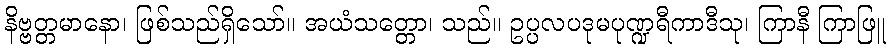
နိဗ္ဗတ္တမာနော၊ ဖြစ်သည်ရှိသော်။ အယံသတ္တော၊ သည်။ ဥပ္ပလပဒုမပုဏ္ဍရီကာဒီသု၊ ကြာနီ ကြာဖြူ